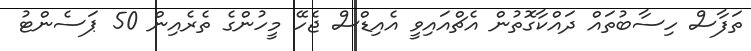
ތަފާސް ހިސާބުތައް ދައްކާގޮތުން އެޗްއައިވީ އެއިޑްސް ޖެހޭ މީހުންގެ ތެރެއިން 50 ޕަސެންޓު